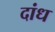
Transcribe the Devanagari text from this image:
दांध